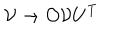
{ \cal { V } } \rightarrow { \cal { O } } { \cal { V } } U ^ { \mathrm { T } }